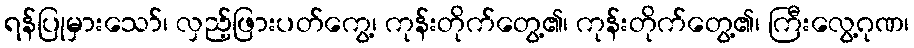
ရန်ပြုမှားသော်၊ လှည့်ဖြားပတ်ကွေ့၊ ကုန်းတိုက်တွေ့၏၊ ကုန်းတိုက်တွေ့၏၊ ကြီးလွေ့ဂုဏ၊